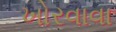
ખોરવાવા